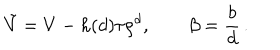
{ \tilde { V } } = V - h ( d ) \tau \rho ^ { d } , \qquad \beta = \frac { b } { d } \, .